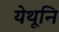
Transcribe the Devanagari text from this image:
येथूनि